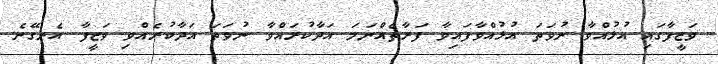
ވަޒީފާގައި އުޅުއްވާ ނުވަތަ އުޅުއްވާފައިވާ ފަރާތެއްނަމަ އަދާކުރައްވާ ނުވަތަ އަދާކުރެއްވި ވަޒީފާ އެނގޭނެ